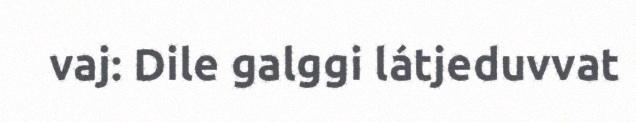
vaj: Dile galggi látjeduvvat